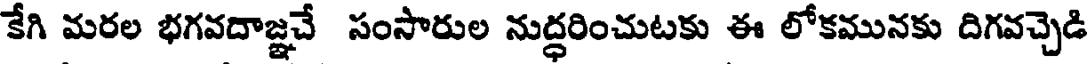
కేగి మరల భగవదాజ్ఞచే సంసారుల నుద్ధరించుటకు ఈ లోకమునకు దిగవచ్చెడి